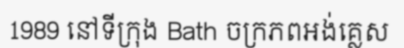
1989 នៅទីក្រុង Bath ចក្រភពអង់គ្លេស